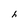
Character: h